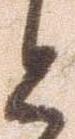
と